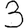
Digit: 3